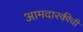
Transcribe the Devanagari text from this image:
आमदारकीची